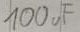
Text: 100uF